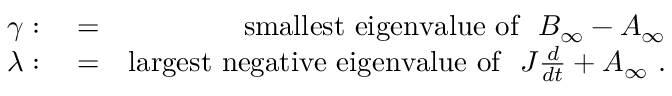
\begin{array} { r l r } { \gamma : } & { { } = } & { \mathrm { s m a l l e s t \ e i g e n v a l u e \ o f } \ \ B _ { \infty } - A _ { \infty } } \\ { \lambda : } & { { } = } & { \mathrm { l a r g e s t \ n e g a t i v e \ e i g e n v a l u e \ o f } \ \ J \frac { d } { d t } + A _ { \infty } \ . } \end{array}